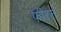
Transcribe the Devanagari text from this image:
फीरत